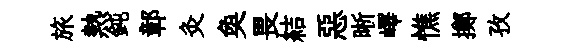
旅熱鈍鄣灸奐畏結惡晰嶧憔擲孜